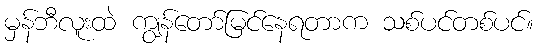
မှန်ဘီလူးထဲ ကျွန်တော်မြင်နေရတာက သစ်ပင်တစ်ပင်။